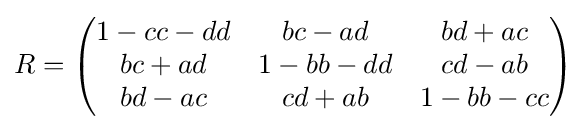
R={\begin{pmatrix}1-cc-dd&bc-ad&bd+ac\\bc+ad&1-bb-dd&cd-ab\\bd-ac&cd+ab&1-bb-cc\\\end{pmatrix}}